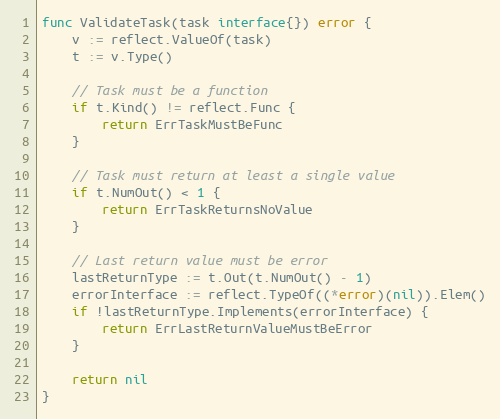
Language: Go
func ValidateTask(task interface{}) error {
	v := reflect.ValueOf(task)
	t := v.Type()

	// Task must be a function
	if t.Kind() != reflect.Func {
		return ErrTaskMustBeFunc
	}

	// Task must return at least a single value
	if t.NumOut() < 1 {
		return ErrTaskReturnsNoValue
	}

	// Last return value must be error
	lastReturnType := t.Out(t.NumOut() - 1)
	errorInterface := reflect.TypeOf((*error)(nil)).Elem()
	if !lastReturnType.Implements(errorInterface) {
		return ErrLastReturnValueMustBeError
	}

	return nil
}